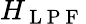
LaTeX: H_{\mathrm{~L~P~F~}}